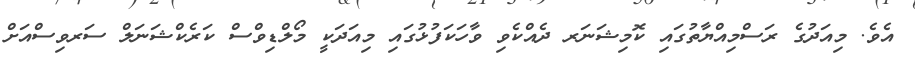
އެވެ. މިއަދުގެ ރަސްމިއްޔާތުގައި ކޮމިޝަނަރ ދެއްކެވި ވާހަކަފުޅުގައި މިއަދަކީ މޯލްޑިވްސް ކަރެކްޝަނަލް ސަރވިސްއަށް